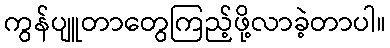
ကွန်ပျူတာတွေကြည့်ဖို့လာခဲ့တာပါ။